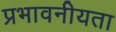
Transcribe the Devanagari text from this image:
प्रभावनीयता